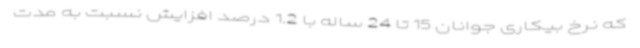
که نرخ بیکاری جوانان 15 تا 24 ساله با 1.2 درصد افزایش نسبت به مدت